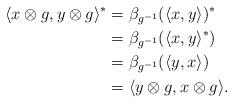
LaTeX: \begin{align*}\langle x\otimes g, y\otimes g\rangle^* &= \beta_{g^{-1}}(\langle x,y\rangle)^* \\&= \beta_{g^{-1}}(\langle x,y\rangle^*) \\&= \beta_{g^{-1}}(\langle y,x\rangle) \\&= \langle y\otimes g, x\otimes g\rangle.\end{align*}